Annual report on the working of the lock hospitals in the North-Western Provinces and Oudh
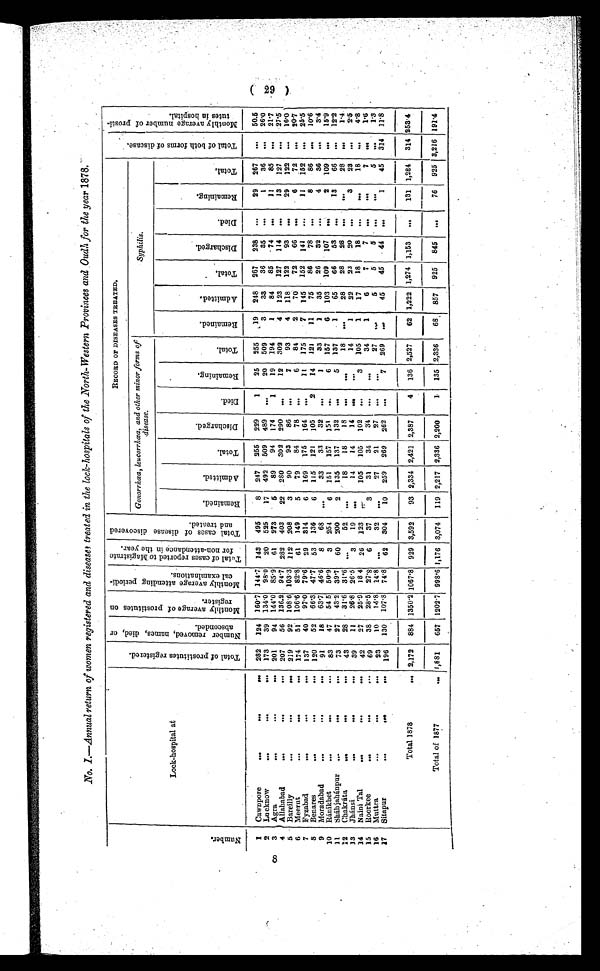
8
No. 1.—Annual return of women registered and diseases treated in the lock-hospitals of the North-Western Provinces and Oudh for the year 1878.
Number.
Lock-hospital at
Total of prostitutes registered.
Number r emoved, names, di ed, or abseconded.
0
.4 m
0
44
4.1 M o n t h l y a v e r a g e o f p r o s t i t u t e s o n r e g i s t e r .
bp
CI
CD
g a,
0 k
n
M o n t h l y a v e r a g e a t t e n d i n g p e r i o d i - c a l e x a m i n a t i o n s .
Tot a l of c a s e s r e por t e d t o Ma gi s t r a t e f or non- a t t e nda nc e i n t he ye a r . T o t a l c a s e s o f d i s e a s e d i s c o v e r e d a n d t r e a t e d .
RECORD OF DISEASES TREATED.
T o t a l o f b o t h f o r m s o f d i s e a s e .
M o n t h l y a v e r a g e n u m b e r o f p r o s t i - t u t e s i n h o s p i t a l .
Gonorrhœa, leucorrhœa, and other minor forms of
disease.
Syphilis.
R e m a i n e d .
Admitted.
Total.
Discharged.
Died.
R e m a i n i n g .
Total.
Remained Admitted.
Tot a l .
Discharged.
Died.
Remaining.
Total.
1 Cawnpore
•••
•••
••• 282 124 160.7 144.7 143 495
8 247 255 229
1
25 255
19 248 267 238 ...
29 267
...
50.5
2 Lucknow
...
...
... 173
39 134.0 98.0 20 525
17 492 509 489 „„
20 509
3
33
36
35 ...
1
36 ...
26.0
3 Agra
• ••
• • •
••• 201
94 144.0 85.9 61 273
5
89
94 174
1
19 194
1
84
85
74 ...
1 1
85 ...
21..7
4 Allahabad
•••
•..
•.. 207
56 136.2 94.7 282 403
22 280 302 290 .„.
12 302
4 123 127 114 ...
13 127 ...
27.5
5 Bareilly
...
•••
••• 219
92 108.6 103.3 112 208
3
90
93
86 ..,
7
93
4 118 122
93 ...
29 122 ...
16.0
6 Meerut
•••
...
•.. 174
51 106.6 82.8 61
149
5
79
84
78 •..
6
84
2
70
72
66 .,.
6
72 ...
20.7
7 Fyzabad
•-•
•..
... 137
40
97.0 79.6 29 314
6 169 175 164 ...
11
175
7 145 152 141
...
11
152 ...
25.5
8 Benares
...
•••
... 120
52
66.3 47.7 53 136
6 115 121
105
2
14 121
11
75
86
78 ...
8
86 ...
10.6
9 Moradabad...
• • • . . .
91
18
63.7 46.6
8
68 ...
33
33
32 ...
1
33
1
35
26
32 ...
4
36 ...
3•4
10 Ránikhet
•••
•••
...
83
47
54 5 50.9
3 254
6 151
157 151
..
6 157
6 103 109 107
. . . .
2 109 ...
15.9
11 Sháhjahánpur ...
•..
...
73
27
43.2 39.7
60 200
2 135 137 132 ...
5 137
1
65
66
53 ...
13
66 ...
12.2
12 Chakráta
...
•••
...
43
28
31.6 31.6 ...
52 ...
18
18
18 ...
. . .
18 •••
28
28
28 ...
...
28
. . .
1.4
Jhánsi
•••
•••
•••
13
39
11
26.8 26.5
3
19 ...
14
14
14 ..,,
...
14
1
22
23
20 ...
3
23 ...
2.5
14 Naini Tal
•.•
•..
•••
42
27
25.9 18 4 26 123
. . .
105 105 102 ...
3 105
1
17
18
18 ...
. . .
18 ...
4•8
15 Roorkee
• •
• • •
• •
69
38
28.5 27.8
6
37
3
31
34
34 ...
...
34
1
6
7
7
. . .
...
7
. . .
1.6
16 Muttra... ... ...
23
10
14.8 14.8 ...
32 ...
27
21
27 ...
...
27 ...
5
5
5 ... ...
5 ...
1.3
17 Sitapur
•••
•..
•••
196 130 107 .8 74.8 62 304
10 259 269 262 ...
7 269 ...
45
45
44 ...
1
45 314 11.8
Total 1878
... 2,172 884 1350.2 1067.8 929 3,592
93 2,334 2,421 2,387
4 136 2,527
62 1,222 1,274 1,153 ...
131 1,284 314
2 5 3 . 4
Total of 1877
...
1 , 8 8 1
657 1202.7 998.6 1,176 3,074 119 2,217 2,336
2 , 2 0 0 1 135 2,336
68 857 925 845
. . . 76 925 3,216 191.4
29